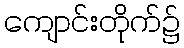
ကျောင်းတိုက်၌